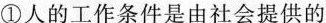
①人的工作条件是由社会提供的